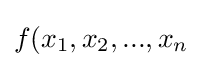
f(x_{1},x_{2},...,x_{n}